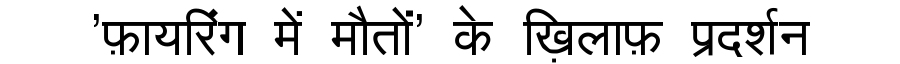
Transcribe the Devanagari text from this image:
'फ़ायरिंग में मौतों' के ख़िलाफ़ प्रदर्शन